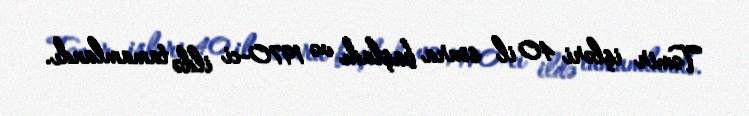
Təmir işləri 40 il sonra başladı və 1970-ci ildə tamamlandı.